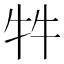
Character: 牪